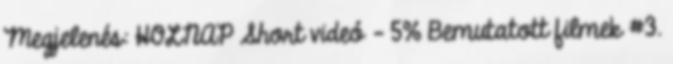
Megjelenés: HOLNAP Short videó - 5% Bemutatott filmek #3.